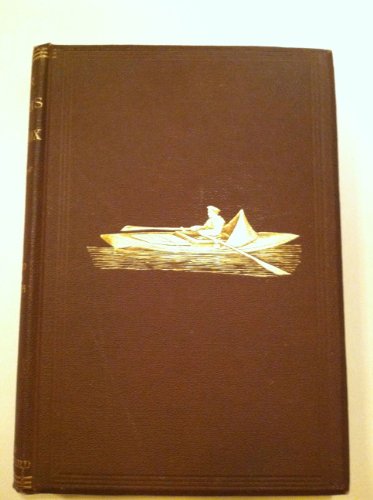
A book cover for Four Months in a Sneak-Box: A Boat Voyage of 2600 Miles Down the Ohio and Mississippi Rivers, and Along the Gulf of Mexico; Nathaniel H. Bishop; Travel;